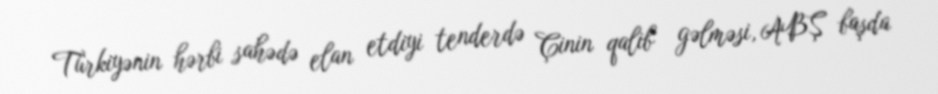
Türkiyənin hərbi sahədə elan etdiyi tenderdə Çinin qalib gəlməsi, ABŞ başda